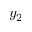
y _ { 2 }